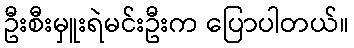
ဦးစီးမှူးရဲမင်းဦးက ပြောပါတယ်။